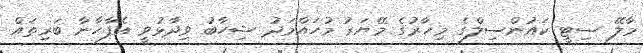
މާލޭ ސިޓީ ކައުންސިލްގެ މިހާރުގެ މޭޔަރު މުހައްމަދު ޝިހާބު ވިދާޅުވީ އެފާހާނާ ބަރިތައް